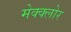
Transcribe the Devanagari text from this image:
मेक्क्लोर